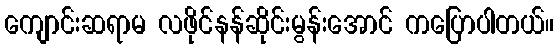
ကျောင်းဆရာမ လဖိုင်နန်ဆိုင်းမွန်းအောင် ကပြောပါတယ်။